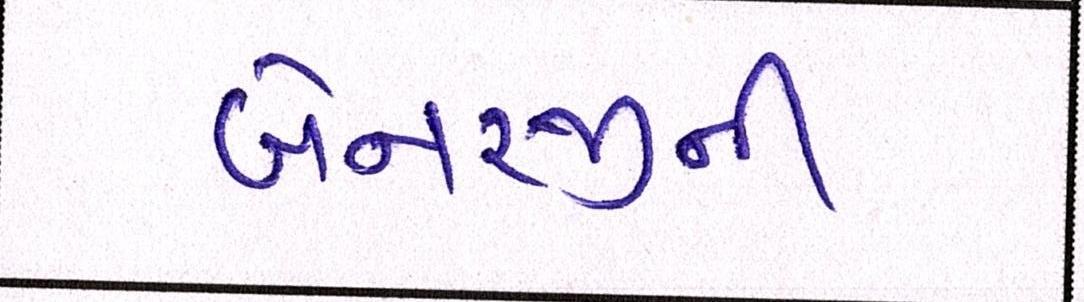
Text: બેનરજીની